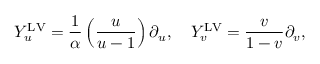
Y _ { u } ^ { \mathrm { L V } } = \frac { 1 } { \alpha } \left( \frac { u } { u - 1 } \right) \partial _ { u } , \quad Y _ { v } ^ { \mathrm { L V } } = \frac { v } { 1 - v } \partial _ { v } ,